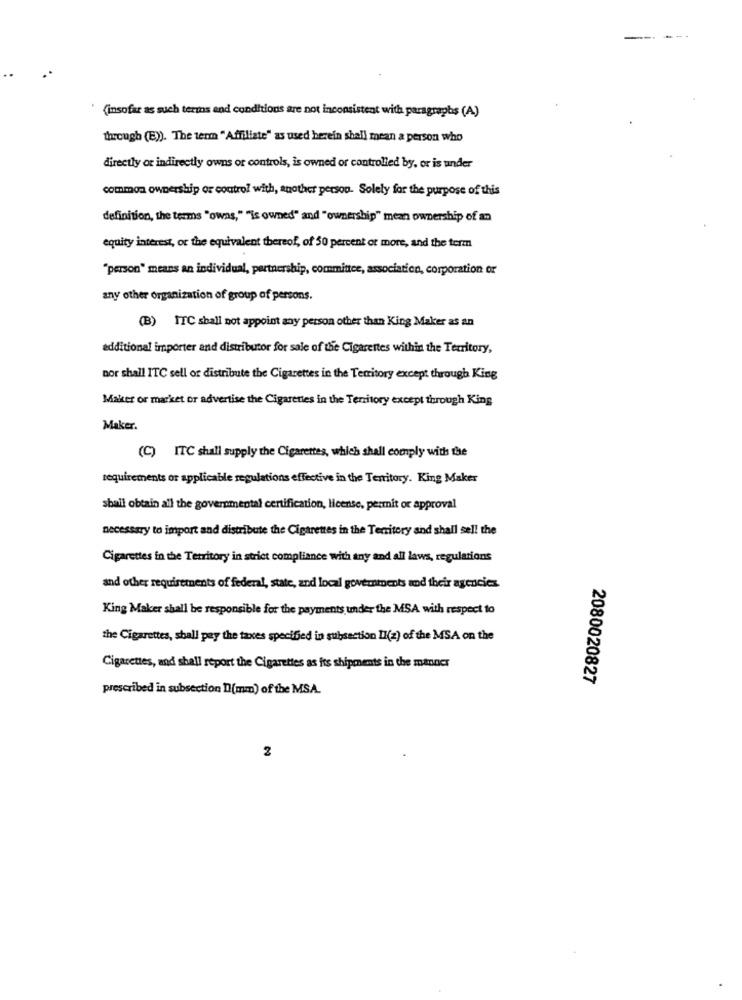
(insofar as such terms and conditions are not inconsistent with paragraphs (A)
through (E)). The term "Affiliate" as used herein shall mean a person who
directly or indirectly owns or controls, is owned or controlled by, or is under
common ownership of control with, another person. Solely for the purpose of this
definition, the terms "owns," ""is owned" and "ownership" mean ownership of an
equity interest, or the equivalent thereof, of 50 percent or more, and the term
"person" means an individual, partnership, committee, association, corporation or
any other organization of group of persons.
(B) TTC shall not appoint any person other than King Maker as an
additional importer and distributor for sale of the Cigarettes within the Territory,
nor shall ITC sell or distribute the Cigarettes in the Territory except through King
Maker or market or advertise the Cigarettes in the Territory except through King
Maker.
(C) ITC shall supply the Cigarettes, which shall comply with the
requirements or applicable regulations effective in the Territory. King Maker
shall obtain all the governmental certification, license, permit or approval
necessary to import and distribute the Cigarettes in the Territory and shall sell the
Cigarettes in the Territory in strict compliance with any and all laws, regulations
and other requirements of federal, state, and local governments and their agencies.
King Maker shall be responsible for the payments under the MSA with respect to
the Cigarettes, shall pay the taxes specified in subsection II(z) of the MSA on the
Cigarettes, and shall report the Cigarettes as its shipments in the manner
2080020827
prescribed in subsection D(mm) of the MSA.